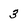
Character: 3